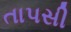
તાપસી